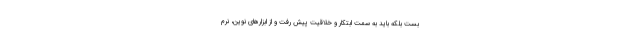
بست بلکه باید به سمت ابتکار و خلاقیت پیش رفت و از ابزارهای نوین، نرم